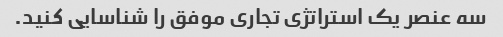
سه عنصر یک استراتژی تجاری موفق را شناسایی کنید.